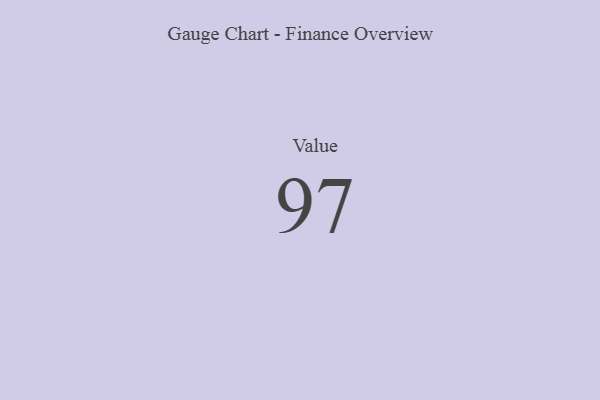
{"axis": {"x": "Metric", "y": "Value"}, "legend": [""], "data": [{"x": "Value", "y": 97, "type": ""}]}